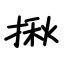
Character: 揪